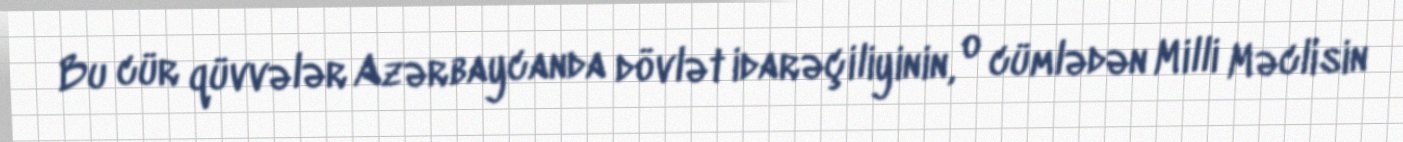
Bu cür qüvvələr Azərbaycanda dövlət idarəçiliyinin, o cümlədən Milli Məclisin